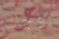
زوجك